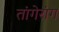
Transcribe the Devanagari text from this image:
तांगेरांग